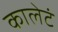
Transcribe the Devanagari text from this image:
कालेटं